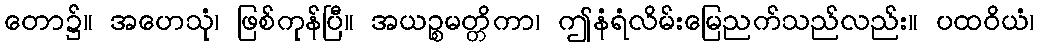
တော၌။ အဟေသုံ၊ ဖြစ်ကုန်ပြီ။ အယဉ္စမတ္တိကာ၊ ဤနံရံလိမ်းမြေညက်သည်လည်း။ ပထဝိယံ၊